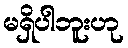
မရှိပါဘူးဟု